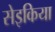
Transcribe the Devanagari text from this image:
सेइकिया